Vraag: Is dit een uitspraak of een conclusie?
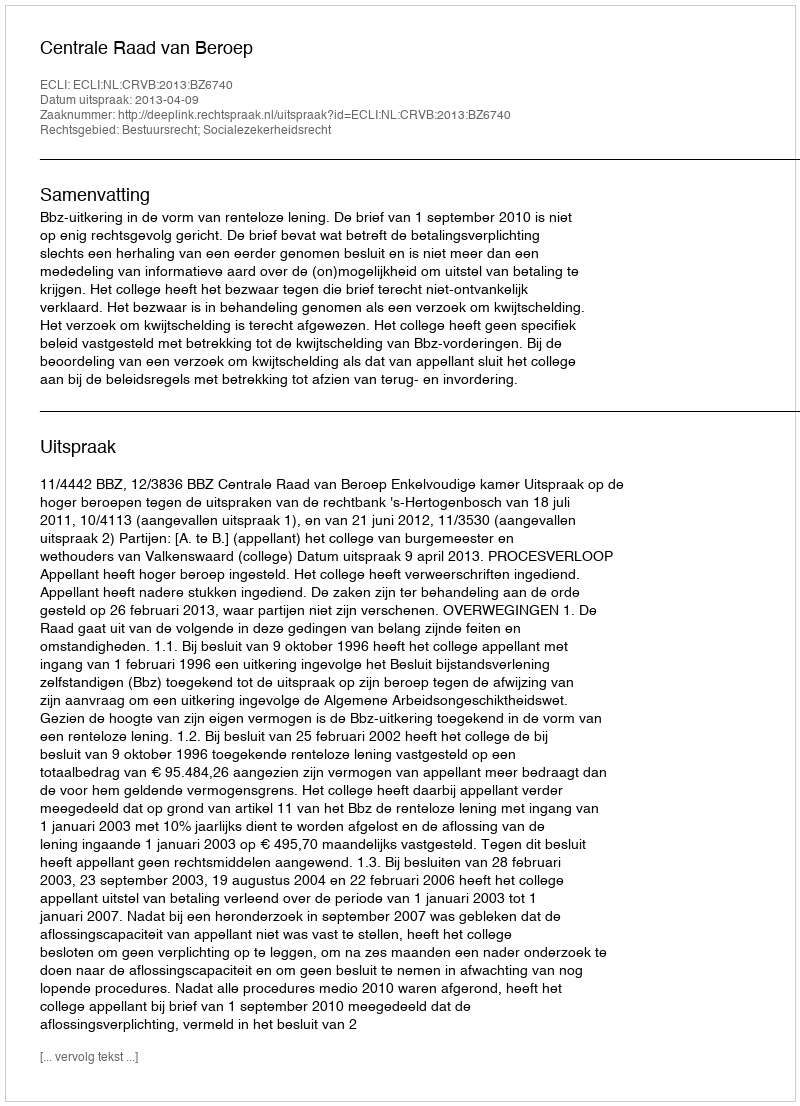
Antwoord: Uitspraak